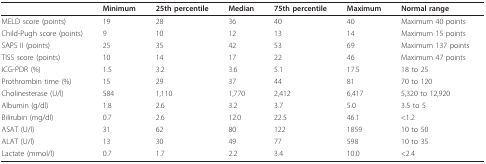
<table><thead><tr><td></td><td><b>Minimum</b></td><td><b>25th percentile</b></td><td><b>Median</b></td><td><b>75th percentile</b></td><td><b>Maximum</b></td><td><b>Normal range</b></td></tr></thead><tbody><tr><td>MELD score (points)</td><td>19</td><td>28</td><td>36</td><td>40</td><td>40</td><td>Maximum 40 points</td></tr><tr><td>Child-Pugh score (points)</td><td>9</td><td>10</td><td>12</td><td>13</td><td>14</td><td>Maximum 15 points</td></tr><tr><td>SAPS II (points)</td><td>25</td><td>35</td><td>42</td><td>53</td><td>69</td><td>Maximum 137 points</td></tr><tr><td>TISS score (points)</td><td>10</td><td>14</td><td>17</td><td>22</td><td>46</td><td>Maximum 47 points</td></tr><tr><td>ICG-PDR (%)</td><td>1.5</td><td>3.2</td><td>3.6</td><td>5.1</td><td>17.5</td><td>18 to 25</td></tr><tr><td>Prothrombin time (%)</td><td>15</td><td>29</td><td>37</td><td>44</td><td>81</td><td>70 to 120</td></tr><tr><td>Cholinesterase (U/l)</td><td>584</td><td>1,110</td><td>1,770</td><td>2,412</td><td>6,417</td><td>5,320 to 12,920</td></tr><tr><td>Albumin (g/dl)</td><td>1.8</td><td>2.6</td><td>3.2</td><td>3.7</td><td>5.0</td><td>3.5 to 5</td></tr><tr><td>Bilirubin (mg/dl)</td><td>0.7</td><td>2.6</td><td>12.0</td><td>22.5</td><td>46.1</td><td>&lt;1.2</td></tr><tr><td>ASAT (U/l)</td><td>31</td><td>62</td><td>80</td><td>122</td><td>1859</td><td>10 to 50</td></tr><tr><td>ALAT (U/l)</td><td>13</td><td>30</td><td>49</td><td>77</td><td>598</td><td>10 to 35</td></tr><tr><td>Lactate (mmol/l)</td><td>0.7</td><td>1.7</td><td>2.2</td><td>3.4</td><td>10.0</td><td>&lt;2.4</td></tr></tbody></table>